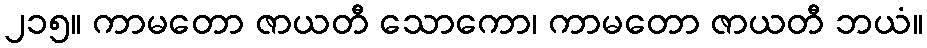
၂၁၅။ ကာမတော ဇာယတီ သောကော၊ ကာမတော ဇာယတီ ဘယံ။